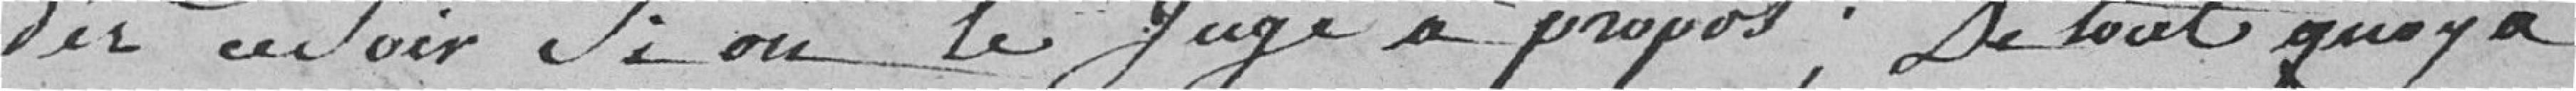
de ce Soir Si on le Juge à propos; De tout quoi a